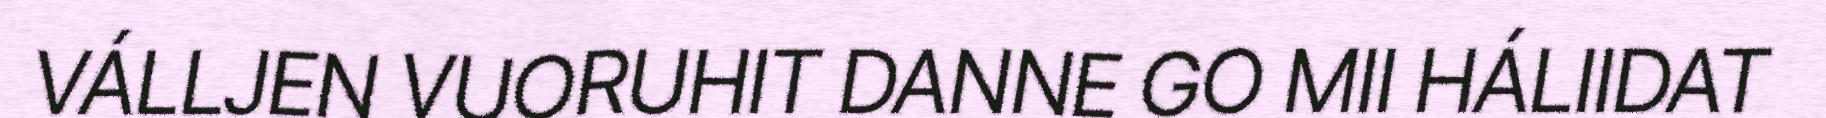
VÁLLJEN VUORUHIT DANNE GO MII HÁLIIDAT